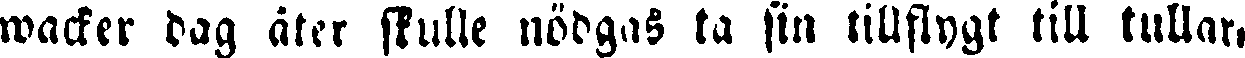
wacker dag äter skulle nödgas ta sin tillagt till tullar,